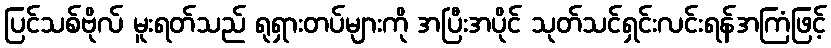
ပြင်သစ်ဗိုလ် မူးရတ်သည် ရုရှားတပ်များကို အပြီးအပိုင် သုတ်သင်ရှင်းလင်းရန်အကြံဖြင့်